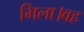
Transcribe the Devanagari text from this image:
मिला।वह